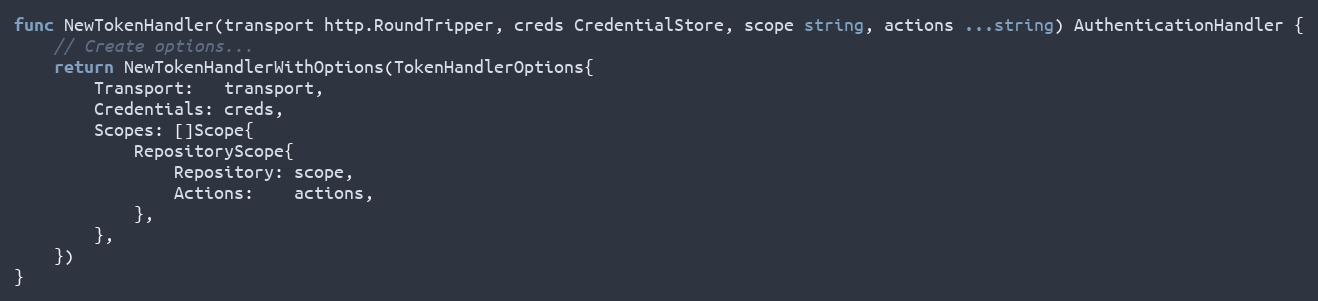
Language: Go
func NewTokenHandler(transport http.RoundTripper, creds CredentialStore, scope string, actions ...string) AuthenticationHandler {
	// Create options...
	return NewTokenHandlerWithOptions(TokenHandlerOptions{
		Transport:   transport,
		Credentials: creds,
		Scopes: []Scope{
			RepositoryScope{
				Repository: scope,
				Actions:    actions,
			},
		},
	})
}